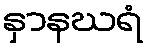
နှာနဃရံ